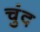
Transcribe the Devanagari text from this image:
चुंद